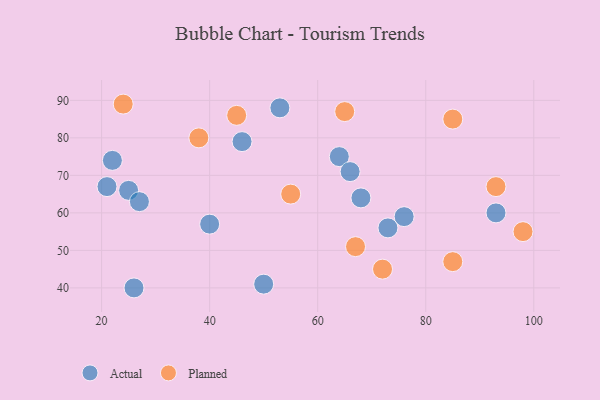
{"axis": {"x": "GDP", "y": "Life Expectancy"}, "legend": ["Actual", "Planned"], "data": [{"x": "26", "y": 40, "type": "Actual"}, {"x": "50", "y": 41, "type": "Actual"}, {"x": "25", "y": 66, "type": "Actual"}, {"x": "27", "y": 63, "type": "Actual"}, {"x": "40", "y": 57, "type": "Actual"}, {"x": "76", "y": 59, "type": "Actual"}, {"x": "64", "y": 75, "type": "Actual"}, {"x": "73", "y": 56, "type": "Actual"}, {"x": "21", "y": 67, "type": "Actual"}, {"x": "66", "y": 71, "type": "Actual"}, {"x": "68", "y": 64, "type": "Actual"}, {"x": "93", "y": 60, "type": "Actual"}, {"x": "22", "y": 74, "type": "Actual"}, {"x": "53", "y": 88, "type": "Actual"}, {"x": "46", "y": 79, "type": "Actual"}, {"x": "45", "y": 86, "type": "Planned"}, {"x": "24", "y": 89, "type": "Planned"}, {"x": "55", "y": 65, "type": "Planned"}, {"x": "65", "y": 87, "type": "Planned"}, {"x": "98", "y": 55, "type": "Planned"}, {"x": "67", "y": 51, "type": "Planned"}, {"x": "85", "y": 47, "type": "Planned"}, {"x": "72", "y": 45, "type": "Planned"}, {"x": "38", "y": 80, "type": "Planned"}, {"x": "93", "y": 67, "type": "Planned"}, {"x": "85", "y": 85, "type": "Planned"}]}